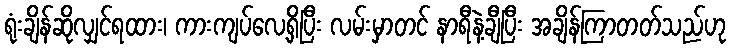
ရုံးချိန်ဆိုလျှင်ရထား၊ ကားကျပ်လေ့ရှိပြီး လမ်းမှာတင် နာရီနဲ့ချီပြီး အချိန်ကြာတတ်သည်ဟု